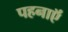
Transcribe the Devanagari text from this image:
पहनाऍं